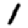
Digit: 1